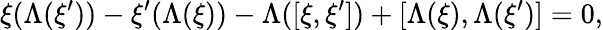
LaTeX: \xi(\Lambda(\xi^{\prime}))-\xi^{\prime}(\Lambda(\xi))-\Lambda([\xi,\xi^{\prime}])+[\Lambda(\xi),\Lambda(\xi^{\prime})]=0,